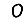
Digit: 0